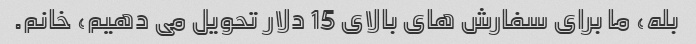
بله، ما برای سفارش های بالای 15 دلار تحویل می دهیم، خانم.